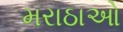
મરાઠાઓ